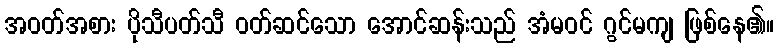
အဝတ်အစား ပိုသီပတ်သီ ဝတ်ဆင်သော အောင်ဆန်းသည် အံမဝင် ဂွင်မကျ ဖြစ်နေ၏။